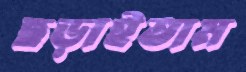
ছড়াইতাম